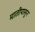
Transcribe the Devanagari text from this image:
मातीपासुन